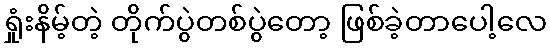
ရှုံးနိမ့်တဲ့ တိုက်ပွဲတစ်ပွဲတော့ ဖြစ်ခဲ့တာပေါ့လေ